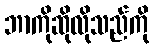
ဘာကိုဆိုလိုသည်ကို